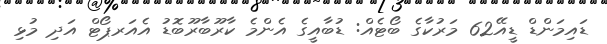
ޑައިމަންޑް ޑީއޭ62 މަރުކާގެ ބޯޓެއް: ޑުބާއީގެ އެންމެ ކާރޫބާރޫބޮޑު އެއަރޕޯޓް އަދި މުޅި